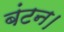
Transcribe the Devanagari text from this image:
बंटन।